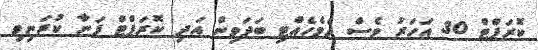
ކޮރަޕްޓް 30 އަހަރު ވެސް ދެމެހެއްޓި ބަދަވިން އަދި ކޮރަޕްޓް ފަނާ ކުރަނިވި